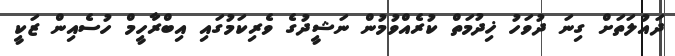
ދައުލަތަށް ގިނަ ދުވަހު ޚިދުމަތް ކުރެއްވުމުން ނަޝީދުގެ ވެރިކަމުގައި އިބްރާހީމް ހުސެއިން ޒަކީ